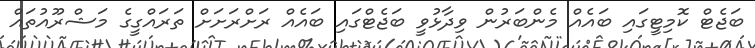
ބަޖެޓް ކޮމިޓީގައި ބައެއް މެންބަރުން ވިދާޅުވީ ބަޖެޓްގައި ބައެއް ރަށްރަށަށް ތަރައްގީގެ މަޝްރޫއުތައް